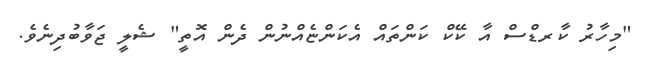
"މިހާރު ކާރޑްސް އާ ކޭކް ކަންތައް އެކަންޏެއްނުން ދެން އޮތީ" ޝެލީ ޖަވާބުދިނެވެ.